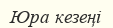
Юра кезеңі